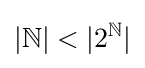
|{\mathbb {N} }|<|2^{\mathbb {N} }|